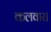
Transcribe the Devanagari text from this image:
कलवार।